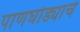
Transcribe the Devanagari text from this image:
पाणघोड्याचे